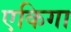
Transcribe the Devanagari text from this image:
एकिगा